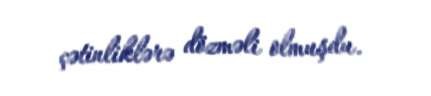
çətinliklərə dözməli olmuşdu.